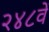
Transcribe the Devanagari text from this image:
२४८वें